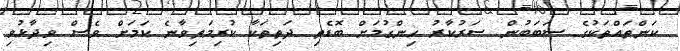
ކަންތައްތަކުގެ ސަބަބުން ސަރުކާރު ހިންގުމަށް ބޮޑެތި ދަތިތަކާ ކުރިމަތިވާނެ ކަމަށް ވެސް ވިދާޅުވި